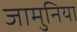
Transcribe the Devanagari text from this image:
जामुनिया